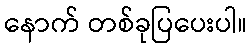
နောက် တစ်ခုပြပေးပါ။